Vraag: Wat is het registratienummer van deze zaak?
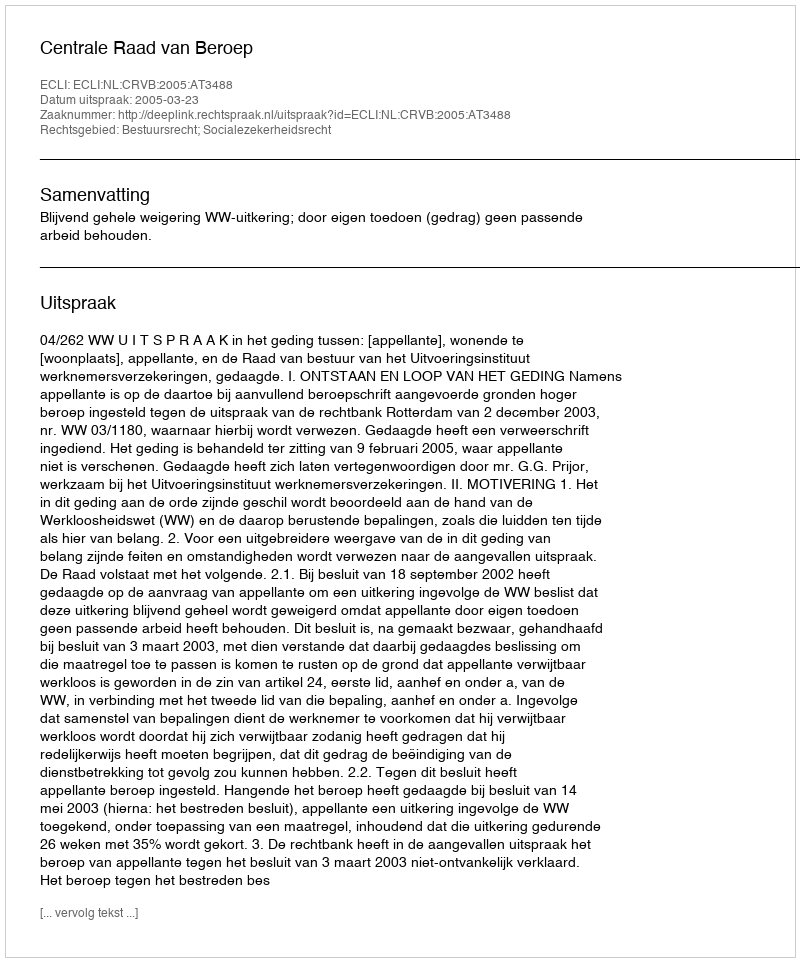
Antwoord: http://deeplink.rechtspraak.nl/uitspraak?id=ECLI:NL:CRVB:2005:AT3488